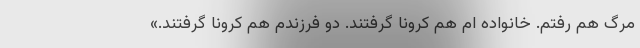
مرگ هم رفتم. خانواده ام هم کرونا گرفتند. دو فرزندم هم کرونا گرفتند.»